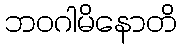
ဘဝဂါမိနောတိ